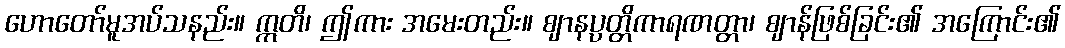
ဟောတော်မူအပ်သနည်း။ ဣတိ၊ ဤကား အမေးတည်း။ ဈာနပ္ပတ္တိကာရဏတ္တာ၊ ဈာန်ဖြစ်ခြင်း၏ အကြောင်း၏